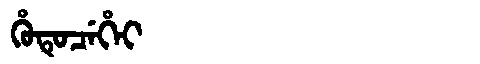
Manchu: ᡥᡠᡨᡠᠴᡝᡥᡝᡳ
Romanization: HUTUCEHEI